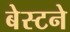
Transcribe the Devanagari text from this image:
बेस्टने